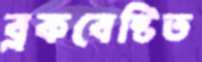
ব্লকবেষ্টিত